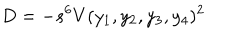
D = - s ^ { 6 } V ( y _ { 1 } , y _ { 2 } , y _ { 3 } , y _ { 4 } ) ^ { 2 }